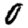
Digit: 0